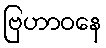
ဗြဟာဝနေ